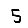
Digit: 5